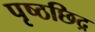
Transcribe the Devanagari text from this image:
पृष्ठछिद्र